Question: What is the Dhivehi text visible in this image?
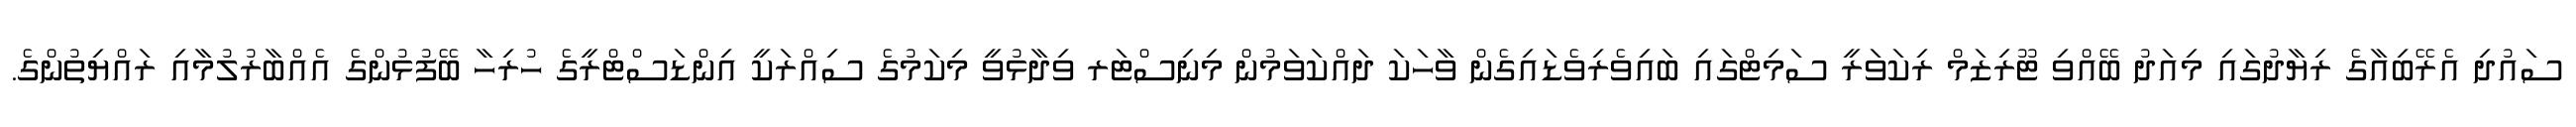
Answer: ސައުދި އެރޭބިއާގެ ރިޔާދުގައި މިއަދު ބޭއްވި ޓޫރިޒަމް ރިކަވަރީ ސަމިޓްގައި ބައިވެރިވެޑައިގެން ވާހަކަ ދައްކަވަމުން މިނިސްޓަރ ވިދާޅުވީ މިކަމުގެ ސިއްރަކީ އިންޑަސްޓްރީގެ ހުރިހާ ބޭފުޅުންގެ އެއްބާރުލުމާއި ރައްޔިތުންގެ.